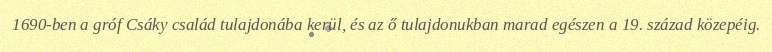
1690-ben a gróf Csáky család tulajdonába kerül, és az ő tulajdonukban marad egészen a 19. század közepéig.